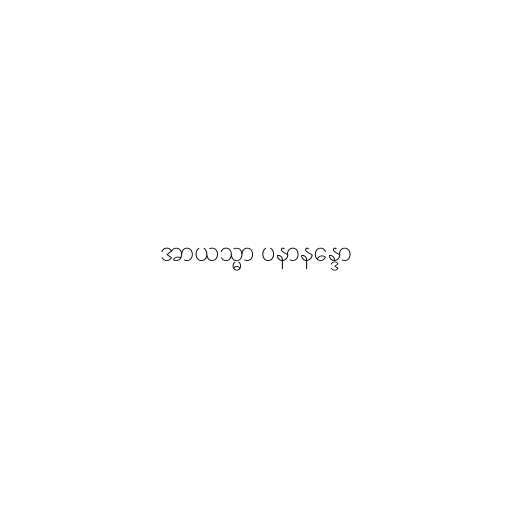
အာယသ္မာ ပနာနန္ဒော